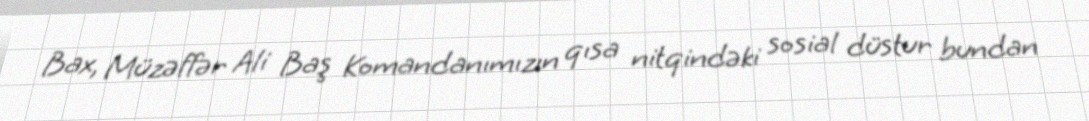
Bax, Müzəffər Ali Baş Komandanımızın qısa nitqindəki sosial düstur bundan